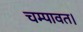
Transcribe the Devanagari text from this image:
चम्पावत।